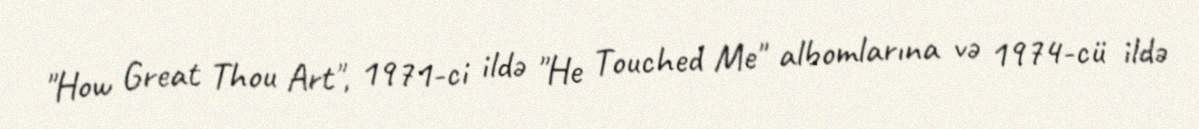
"How Great Thou Art", 1971-ci ildə "He Touched Me" albomlarına və 1974-cü ildə